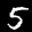
Label: 5